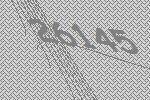
26145